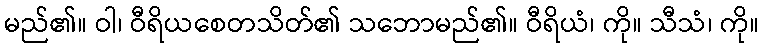
မည်၏။ ဝါ၊ ဝီရိယစေတသိတ်၏ သဘောမည်၏။ ဝီရိယံ၊ ကို။ သီသံ၊ ကို။